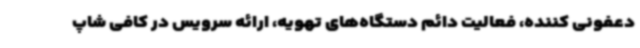
دعفونی کننده، فعالیت دائم دستگاه‌های تهویه، ارائه سرویس در کافی شاپ